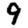
Digit: 9